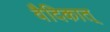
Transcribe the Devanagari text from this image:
वैदिकात्